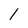
Character: 1